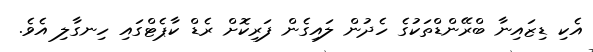
އެކި ޑިޒައިނާ ބްރޭންޑްތަކުގެ ހެދުން ލައިގެން ފަރިކޮށް ރެޑް ކާޕެޓްގައި ހިނގާލި އެވެ.